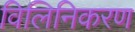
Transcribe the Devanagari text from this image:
विलिनिकरण